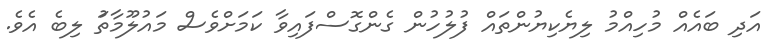
އަދި ބައެއް މުހިއްމު ލިޔެކިޔުންތައް ފުލުހުން ގެންގޮސްފައިވާ ކަމަށްވެސް މައުލޫމާތަު ލިބެ އެވެ.